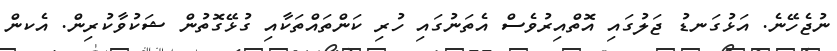
ނުޖެހޭނެ. އަޅުގަނޑު ޖަލުގައި އޮތްއިރުވެސް އެތަނުގައި ހުރި ކަންތައްތަކާއި ގުޅޭގޮތުން ޝަކުވާކުރިން. އެކން